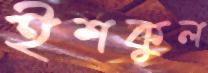
ইশকুল